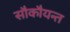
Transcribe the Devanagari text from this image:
सौकौयन्त